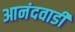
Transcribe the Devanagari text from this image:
आनंदवाडी